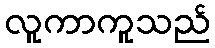
လူကာကူသည်